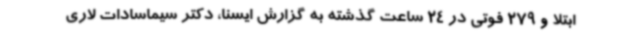
ابتلا و 279 فوتی در 24 ساعت گذشته به گزارش ایسنا، دکتر سیماسادات لاری